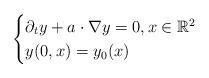
LaTeX: \begin{align*} \begin{cases} \partial_t y + a \cdot \nabla y = 0, x\in\mathbb{R}^2 \\y(0, x) = y_0(x) \end{cases} \end{align*}